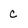
Character: c